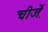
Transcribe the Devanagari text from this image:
चीजे़ें